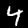
Label: 4